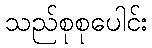
သည်စုစုပေါင်း